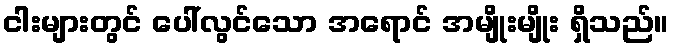
ငါးများတွင် ပေါ်လွင်သော အရောင် အမျိုးမျိုး ရှိသည်။